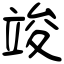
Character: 竣